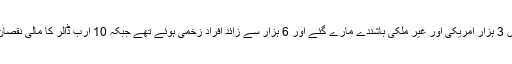
اس حملے میں 3 ہزار امریکی اور غیر ملکی باشندے مارے گئے اور 6 ہزار سے زائد افراد زخمی ہوئے تھے جبکہ 10 ارب ڈالر کا مالی نقصان بھی ہوا تھا۔